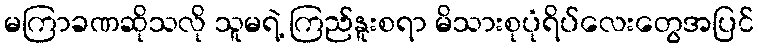
မကြာခဏဆိုသလို သူမရဲ့ ကြည်နူးစရာ မိသားစုပုံရိပ်လေးတွေအပြင်